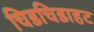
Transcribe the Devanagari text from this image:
चिडचिडाहट